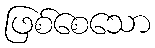
ဖြစ်စေသော